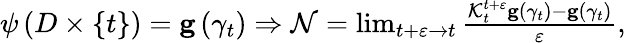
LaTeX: \begin{array}{r}{\psi\left(D\times\{ t\} \right)=\mathbf{g}\left(\gamma_{t}\right)\Rightarrow\mathcal{N}=\operatorname*{lim}_{t+\varepsilon\rightarrow t}\frac{\mathcal{K}_{t}^{t+\varepsilon}\mathbf{g}\left(\gamma_{t}\right)-\mathbf{g}\left(\gamma_{t}\right)}{\varepsilon},}\end{array}